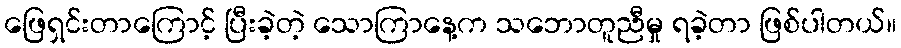
ဖြေရှင်းတာကြောင့် ပြီးခဲ့တဲ့ သောကြာနေ့က သဘောတူညီမှု ရခဲ့တာ ဖြစ်ပါတယ်။